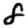
Digit: 8